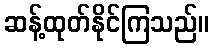
ဆန့်ထုတ်နိုင်ကြသည်။